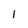
Character: 1